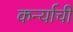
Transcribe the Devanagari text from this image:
कर्न्याची